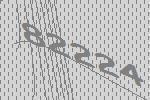
82224